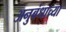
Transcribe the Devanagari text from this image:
अनुबंधाच्या